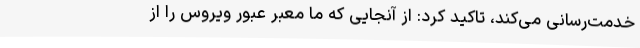
خدمت‌رسانی می‌کند، تاکید کرد: از آنجایی که ما معبر عبور ویروس را از